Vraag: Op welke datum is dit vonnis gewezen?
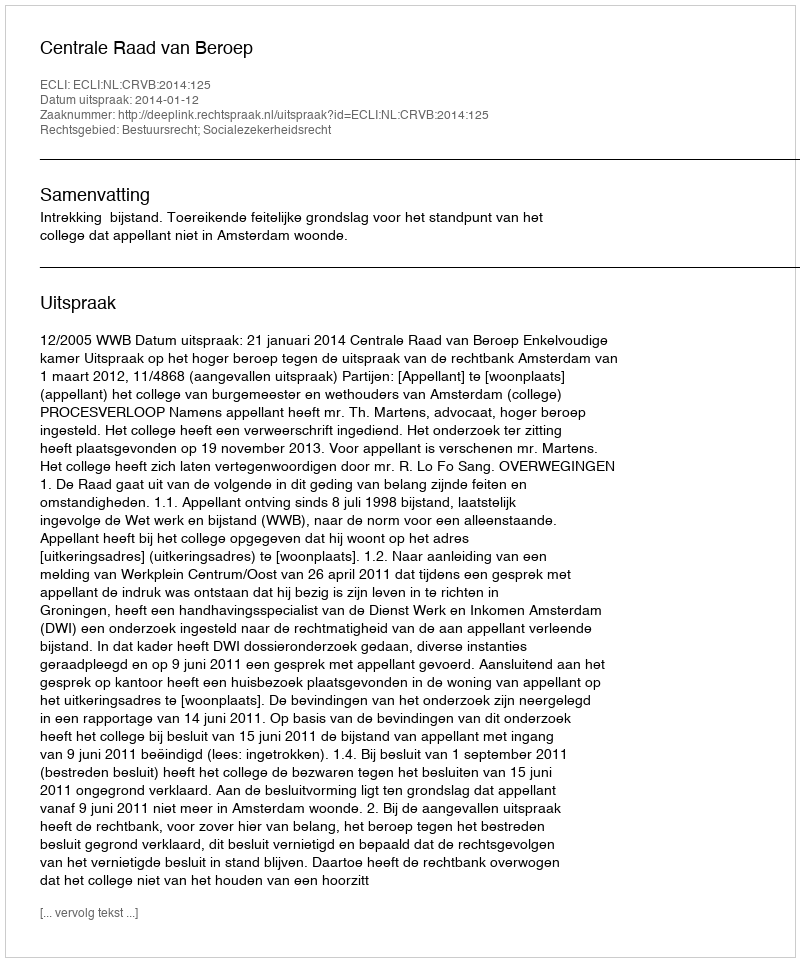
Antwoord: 2014-01-12